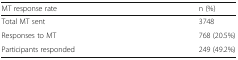
| MT response rate | n (%) |
 | --- | --- |
 | Total MT sent | 3748 |
 | Responses to MT | 768 (20.5%) |
 | Participants responded | 249 (49.2%) |